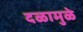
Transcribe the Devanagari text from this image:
दळामुळे